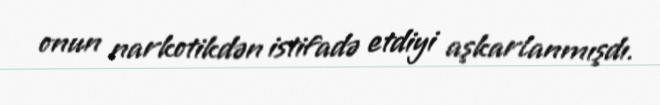
onun narkotikdən istifadə etdiyi aşkarlanmışdı.